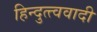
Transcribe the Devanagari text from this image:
हिन्दुत्त्ववादी